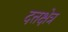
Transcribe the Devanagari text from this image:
दत्तक्षेत्र